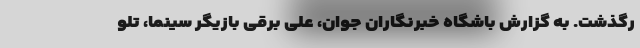
رگذشت. به گزارش باشگاه خبرنگاران جوان، علی برقی بازیگر سینما، تلو